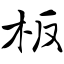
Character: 板